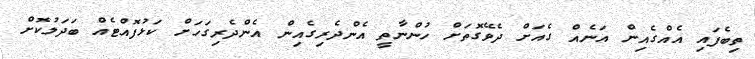
ތިބެފައި އެއްގެއިން އަނެއް ގެއަށް ދެވޭގޮތަށް ހުންނާތީ އެންދެރިގެއިން އެންދެރިގަހަށް ކަޅުފޮއްޓެއް ބަދަލުކޮށް